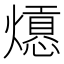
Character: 𤐾